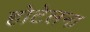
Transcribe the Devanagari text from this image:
होटेलना